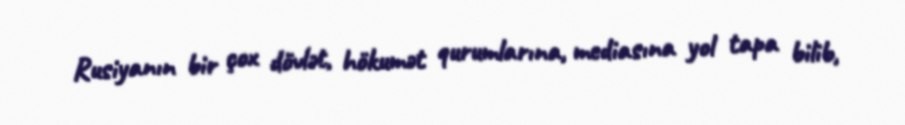
Rusiyanın bir çox dövlət, hökumət qurumlarına, mediasına yol tapa bilib,